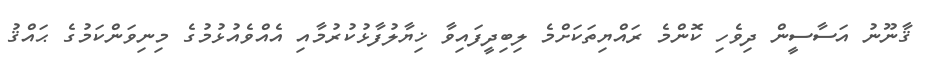
ޤާނޫނު އަސާސީން ދިވެހި ކޮންމެ ރައްޔިތަކަށްމެ ލިބިދީފައިވާ ޚިޔާލުފާޅުކުރުމާއި އެއްވެއުޅުމުގެ މިނިވަންކަމުގެ ޙައްޤު